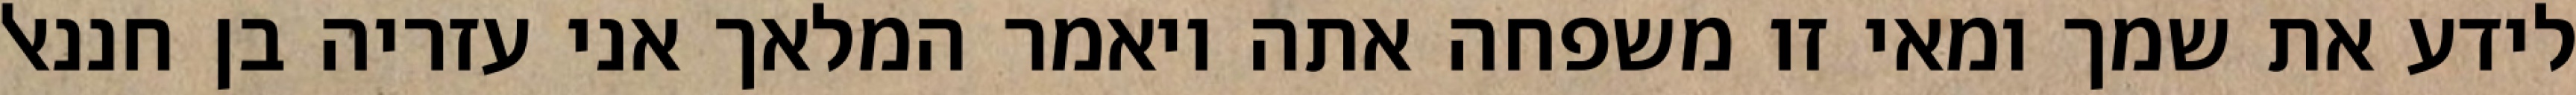
לידע את שמך ומאי זו משפחה אתה ויאמר המלאך אני עזריה בן חננאל